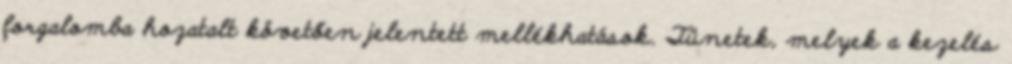
forgalomba hozatalt követően jelentett mellékhatások. Tünetek, melyek a kezelés